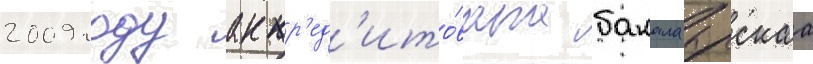
2009 году аккр'ед'ито́вана бакалаврскаа